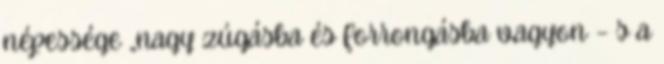
népessége „nagy zúgásba és forrongásba vagyon – s a